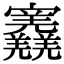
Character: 𡬎